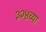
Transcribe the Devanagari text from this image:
३२४च्या